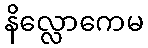
နိလ္လောကေမ